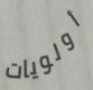
أولويات